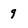
Character: 9